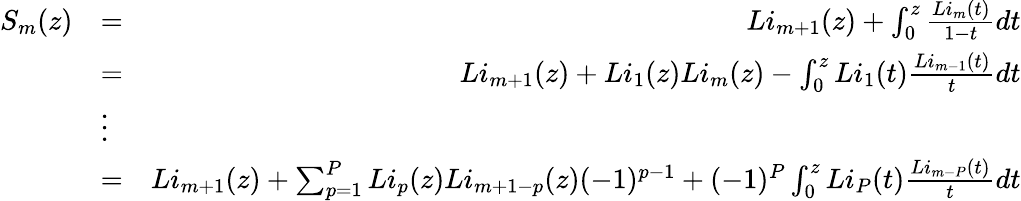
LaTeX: \begin{array}{rlr}{S_{m}(z)}&{=}&{Li_{m+1}(z)+\int_{0}^{z}\frac{Li_{m}(t)}{1-t}dt}\\ &{=}&{Li_{m+1}(z)+Li_{1}(z)Li_{m}(z)-\int_{0}^{z}Li_{1}(t)\frac{Li_{m-1}(t)}{t}dt}\\ &{\vdots}&\\ &{=}&{Li_{m+1}(z)+\sum_{p=1}^{P}Li_{p}(z)Li_{m+1-p}(z)(-1)^{p-1}+(-1)^{P}\int_{0}^{z}Li_{P}(t)\frac{Li_{m-P}(t)}{t}dt}\end{array}